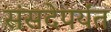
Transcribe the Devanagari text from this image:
संसदेपर्यंत